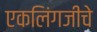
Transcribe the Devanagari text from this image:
एकलिंगजीचे